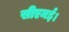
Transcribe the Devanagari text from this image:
सीएमई।